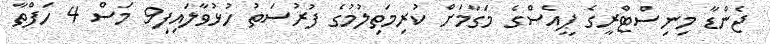
ޖެންޑާ މިނިސްޓްރީގެ ޕީއެސްގެ މަގާމަށް ކުރިމަތިލުމުގެ ފުރުސަތު ހުޅުވާލައިފި9 މަސް 4 ހަފްތާ